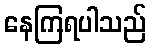
နေကြရပါသည်